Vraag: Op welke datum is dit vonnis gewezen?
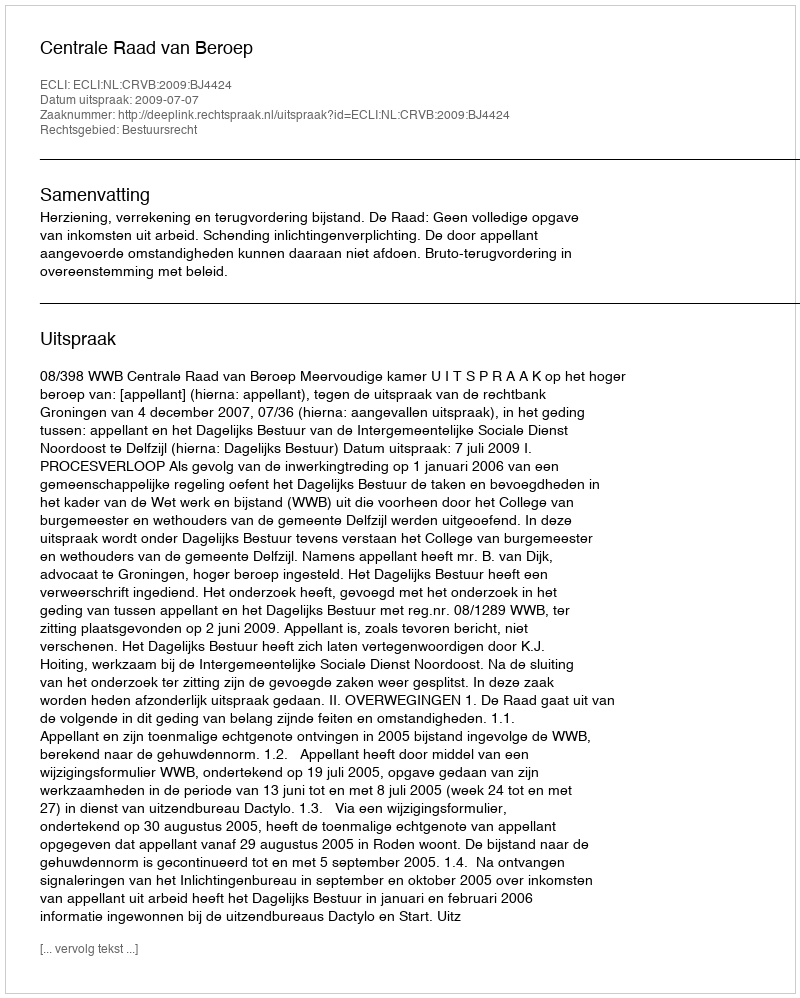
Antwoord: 2009-07-07